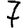
Digit: 7